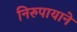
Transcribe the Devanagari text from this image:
निरुपायाने